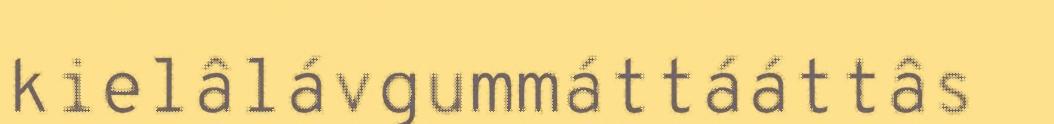
kielâlávgummáttááttâs